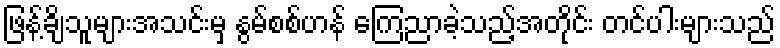
ဖြန့်ချိသူများအသင်းမှ နွမ်စစ်ဟန် ကြေညာခဲ့သည့်အတိုင်း တင်ပါးများသည်